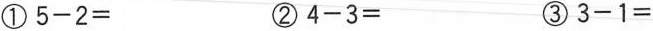
①$$5-2=$$ ②$$4-3=$$ ③$$3-1=$$